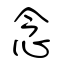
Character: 念